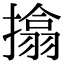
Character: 㩉